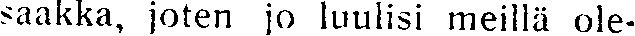
saakka, joten jo luulisi meillä ole-